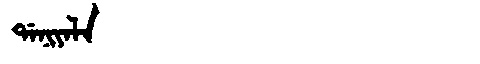
Manchu: ᡩᠠᠨᡳᠶᠠᠯᠠ
Romanization: DANIYALA